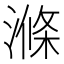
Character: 滌